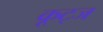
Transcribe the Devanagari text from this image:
कूट्ज